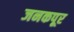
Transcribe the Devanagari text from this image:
जनकपूर